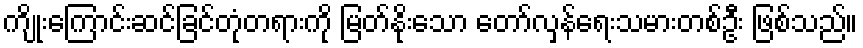
ကျိုးကြောင်းဆင်ခြင်တုံတရားကို မြတ်နိုးသော တော်လှန်ရေးသမားတစ်ဦး ဖြစ်သည်။